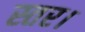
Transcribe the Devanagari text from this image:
स्तर।